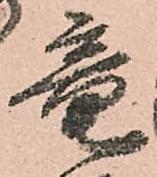
竜